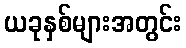
ယခုနှစ်များအတွင်း